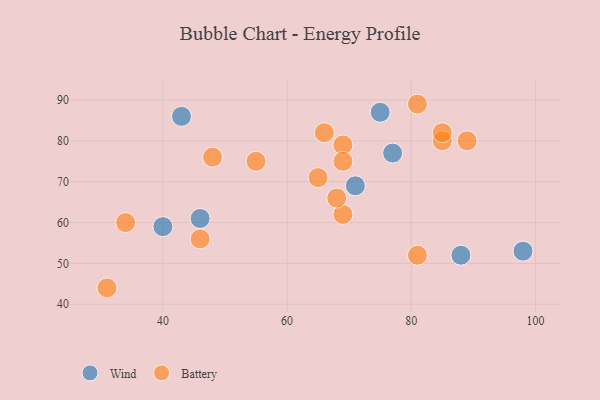
{"axis": {"x": "GDP", "y": "Life Expectancy"}, "legend": ["Battery", "Wind"], "data": [{"x": "46", "y": 61, "type": "Wind"}, {"x": "71", "y": 69, "type": "Wind"}, {"x": "75", "y": 87, "type": "Wind"}, {"x": "77", "y": 77, "type": "Wind"}, {"x": "40", "y": 59, "type": "Wind"}, {"x": "98", "y": 53, "type": "Wind"}, {"x": "43", "y": 86, "type": "Wind"}, {"x": "88", "y": 52, "type": "Wind"}, {"x": "81", "y": 89, "type": "Battery"}, {"x": "66", "y": 82, "type": "Battery"}, {"x": "46", "y": 56, "type": "Battery"}, {"x": "85", "y": 80, "type": "Battery"}, {"x": "34", "y": 60, "type": "Battery"}, {"x": "69", "y": 62, "type": "Battery"}, {"x": "89", "y": 80, "type": "Battery"}, {"x": "48", "y": 76, "type": "Battery"}, {"x": "69", "y": 79, "type": "Battery"}, {"x": "65", "y": 71, "type": "Battery"}, {"x": "31", "y": 44, "type": "Battery"}, {"x": "81", "y": 52, "type": "Battery"}, {"x": "69", "y": 75, "type": "Battery"}, {"x": "68", "y": 66, "type": "Battery"}, {"x": "85", "y": 82, "type": "Battery"}, {"x": "55", "y": 75, "type": "Battery"}]}